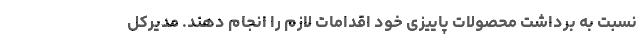
نسبت به برداشت محصولات پاییزی خود اقدامات لازم را انجام دهند. مدیرکل